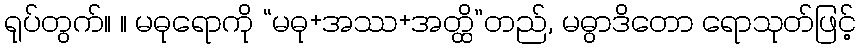
ရုပ်တွက်။ ။ မဓုရောကို “မဓု+အဿ+အတ္ထိ”တည်, မဓွာဒိတော ရောသုတ်ဖြင့်